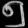
Digit: ၅